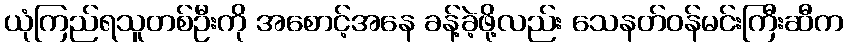
ယုံကြည်ရသူတစ်ဦးကို အစောင့်အနေ ခန့်ခဲ့ဖို့လည်း သေနတ်ဝန်မင်းကြီးဆီက